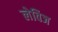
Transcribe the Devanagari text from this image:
लेविज